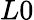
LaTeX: L0